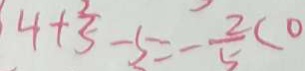
: 4 + \frac { 2 } { 5 } - 5 = - \frac { 2 } { 5 } ( 0